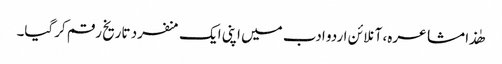
ھٰذا مشاعرہ، آنلائن اردو ادب میں اپنی ایک منفرد تاریخ رقم کرگیا۔